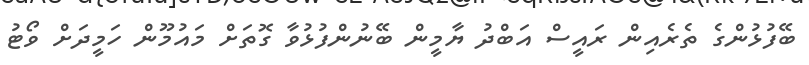
ބޭފުޅުންގެ ތެރެއިން ރައީސް އަބްދު ޔާމީން ބޭނުންފުޅުވާ ގޮތަށް މައުމޫން ހަމީދަށް ވޯޓު